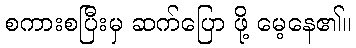
စကားစပြီးမှ ဆက်ပြော ဖို့ မေ့နေ၏။